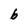
Character: b